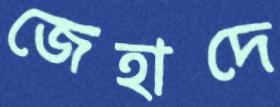
জেহাদে